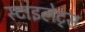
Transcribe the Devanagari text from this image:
स्टाइलेट्स